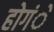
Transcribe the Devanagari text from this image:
होगंें